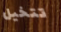
تتخيل